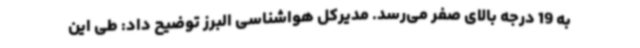
به 19 درجه بالای صفر می‌رسد. مدیرکل هواشناسی البرز توضیح داد: طی این